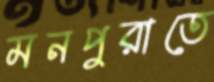
মনপুরাতে